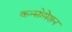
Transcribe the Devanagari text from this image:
कन्सोमेशन